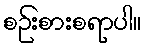
စဉ်းစားစရာပါ။